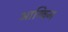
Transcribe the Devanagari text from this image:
आश्‍विन